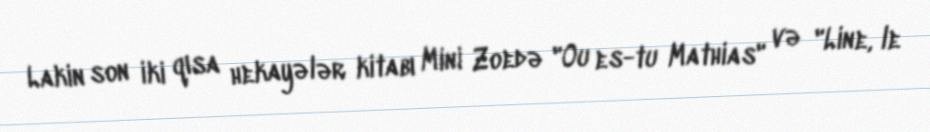
Lakin son iki qısa hekayələr kitabı Mini Zoedə "Ou es-tu Mathias" və "Line, le